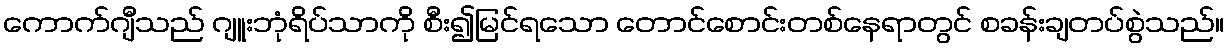
ကောက်ဂျီသည် ဂျူးဘုံရိပ်သာကို စီး၍မြင်ရသော တောင်စောင်းတစ်နေရာတွင် စခန်းချတပ်စွဲသည်။